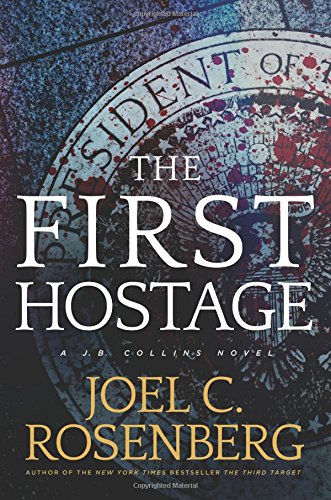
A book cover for The First Hostage: A J. B. Collins Novel; Joel C. Rosenberg; Mystery, Thriller & Suspense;